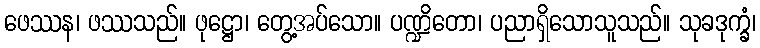
ဖေဿန၊ ဖဿသည်။ ဖုဋ္ဌော၊ တွေ့အပ်သော။ ပဏ္ဍိတော၊ ပညာရှိသောသူသည်။ သုခဒုက္ခံ၊